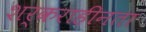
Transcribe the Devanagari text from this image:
शर्कराहीनता